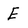
Character: E